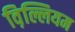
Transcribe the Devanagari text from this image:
व़िल्लियम